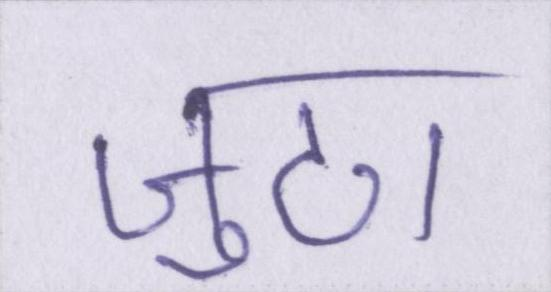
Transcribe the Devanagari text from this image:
जुटा